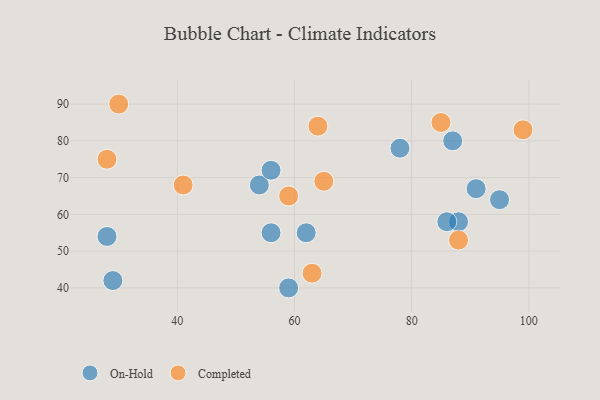
{"axis": {"x": "GDP", "y": "Life Expectancy"}, "legend": ["Completed", "On-Hold"], "data": [{"x": "54", "y": 68, "type": "On-Hold"}, {"x": "28", "y": 54, "type": "On-Hold"}, {"x": "56", "y": 55, "type": "On-Hold"}, {"x": "78", "y": 78, "type": "On-Hold"}, {"x": "29", "y": 42, "type": "On-Hold"}, {"x": "88", "y": 58, "type": "On-Hold"}, {"x": "59", "y": 40, "type": "On-Hold"}, {"x": "95", "y": 64, "type": "On-Hold"}, {"x": "62", "y": 55, "type": "On-Hold"}, {"x": "86", "y": 58, "type": "On-Hold"}, {"x": "56", "y": 72, "type": "On-Hold"}, {"x": "91", "y": 67, "type": "On-Hold"}, {"x": "87", "y": 80, "type": "On-Hold"}, {"x": "64", "y": 84, "type": "Completed"}, {"x": "99", "y": 83, "type": "Completed"}, {"x": "30", "y": 90, "type": "Completed"}, {"x": "88", "y": 53, "type": "Completed"}, {"x": "65", "y": 69, "type": "Completed"}, {"x": "28", "y": 75, "type": "Completed"}, {"x": "59", "y": 65, "type": "Completed"}, {"x": "63", "y": 44, "type": "Completed"}, {"x": "85", "y": 85, "type": "Completed"}, {"x": "41", "y": 68, "type": "Completed"}]}